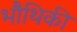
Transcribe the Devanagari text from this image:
भौथिकी